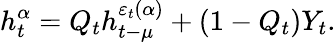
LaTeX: h_{t}^{\alpha}=Q_{t}h_{t-\mu}^{\varepsilon_{t}(\alpha)}+(1-Q_{t})Y_{t}.